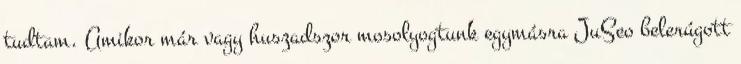
tudtam. Amikor már vagy huszadszor mosolyogtunk egymásra JuSeo belerúgott